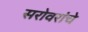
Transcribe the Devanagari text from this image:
सरोवरांचे